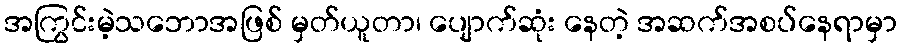
အကြွင်းမဲ့သဘောအဖြစ် မှတ်ယူတာ၊ ပျောက်ဆုံး နေတဲ့ အဆက်အစပ်နေရာမှာ